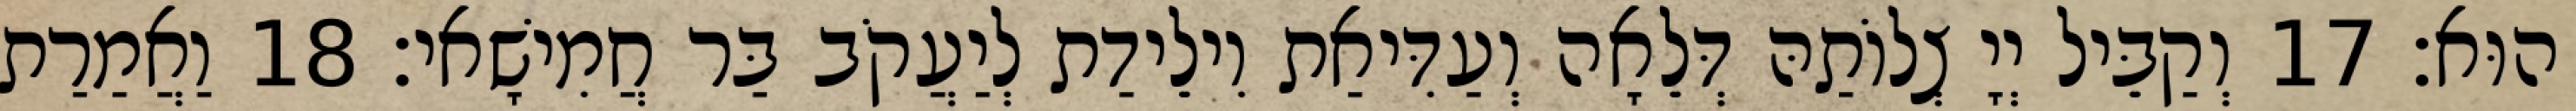
הוּא׃ 17 וְקַבֵּיל יְיָ צְלוֹתַהּ דְּלֵאָה וְעַדִּיאַת וִילֵידַת לְיַעֲקֹב בַּר חֲמִישָׁאי׃ 18 וַאֲמַרַת